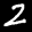
Label: 2